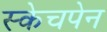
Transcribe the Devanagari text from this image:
स्केचपेन